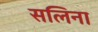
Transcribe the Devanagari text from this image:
सलिना